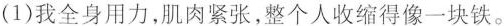
(1)我全身用力，肌肉紧张，整个人收缩得像一块铁。